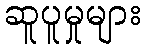
ဆူပူမှုများ